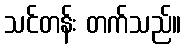
သင်တန်း တက်သည်။